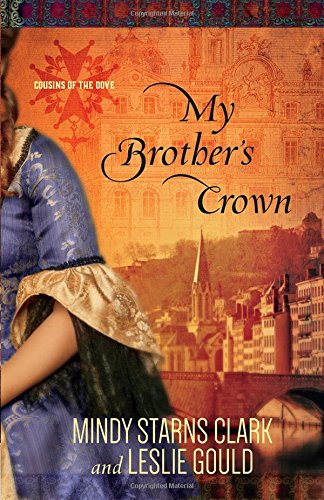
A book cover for My Brother's Crown (Cousins of the Dove); Mindy Starns Clark; Romance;